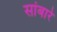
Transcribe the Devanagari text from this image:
सांबारे